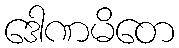
ဒေါဏမိတေ